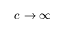
c \rightarrow \infty